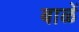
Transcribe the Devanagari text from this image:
बाळें